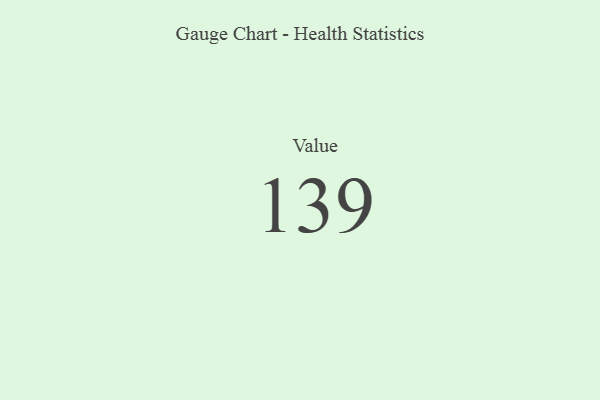
{"axis": {"x": "Metric", "y": "Value"}, "legend": [""], "data": [{"x": "Value", "y": 139, "type": ""}]}